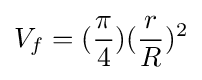
{V_{f}}=({\frac {\pi }{4}}){({\frac {r}{R}})^{2}}